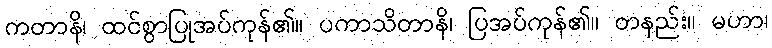
ကတာနိ၊ ထင်စွာပြုအပ်ကုန်၏။ ပကာသိတာနိ၊ ပြအပ်ကုန်၏။ တနည်း။ မဟာ၊